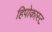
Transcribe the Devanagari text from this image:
हिपोकास्ट